Annual report on the working of the mental hospitals in the Madras Presidency - 1912-1932
Year: 1912
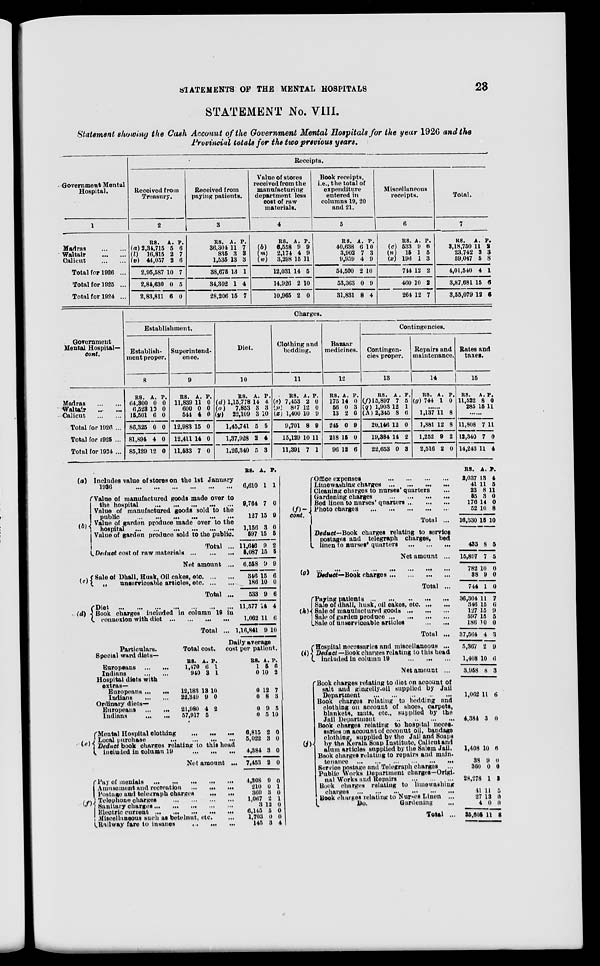
STATEMENTS OF THE MENTAL HOSPITALS
23
STATEMENT No. VIII.
Statement showing the Cash Account of the Government Mental Hospitals for the year 1926 and the
Provincial totals for the two previous years.
Government Mental
Hospital.
1
Madras
…
…
Waltair
…
…
Calicut
…
…
Total for 1926 ...
Total for 1925 ...
Total for 1924 ...
Receipts.
Received from
Treasury.
2
RS.
(a) 2,34,715
(l)
16,815
(v) 44,057
2,95,587
2,84,630
2,83,811
A.
5
2
2
10
0
6
P.
6
7
6
7
5
0
Received from
paying patients.
3
RS.
36,304
835
1,535
38,675
34,302
28,206
A.
11
3
13
13
1
15
P.
7
3
3
1
4
7
Value of stores
received from the
manufacturing
department less
cost of raw
materials.
4
RS.
(b)
6,558
(m)
2,174
(w)
3,298
12,031
14,926
10,965
A.
9
4
15
14
2
2
P.
9
9
11
5
10
0
Book receipts,
i.e., the total of
expenditure
entered in
columns 19, 20
and 21.
5
RS.
40,638
3,902
9,959
54,500
53,363
31,831
A.
6
7
4
2
0
8
P.
10
3
9
10
9
4
Miscellaneous
receipts.
6
RS.
(c) 533
(n) 15
(x) 196
744
460
264
A.
9
1
1
12
10
12
P.
6
5
3
2
2
7
Total.
7
RS.
3,18,750
23,742
59,047
4,01,540
3,87,681
3,55,079
A.
11
3
5
4
15
12
P.
2
3
8
1
6
6
Government
Mental Hospital—
cont.
Madras
…
…
Waltair
…
…
Calicut
…
…
Total for 1926 ...
Total for 1925 ...
Total for 1924 ...
Charges.
Establishment.
Establish-
ment proper.
8
RS.
64,300
6,523
15,501
86,325
81,894
85,129
A.
0
10
6
0
4
12
P.
0
0
0
0
0
0
Superintend-
ence.
9
RS.
11,839
600
544
12,983
12,411
11,533
A.
11
0
4
15
14
7
P.
0
0
0
0
0
0
Diet.
10
RS.
(d) 1,15,778
(o)
7,853
(y)
22,109
1,45,741
1,37,928
1,26,340
A.
14
3
3
5
2
5
P.
4
3
10
5
4
3
Clothing and
bedding.
11
RS.
(e) 7,453
(p) 847
(z) 1,400
9,701
15,129
11,391
A.
2
12
10
8
10
7
P.
0
0
9
9
11
1
Bazaar
medicines.
12
RS.
175
56
13
245
218
96
A.
14
0
2
0
15
12
P.
0
3
6
9
0
6
Contingencies.
Contingen-
cies proper.
13
RS.
(f) 15,897
(q) 1,903
(A) 2,345
20,146
19,384
22,653
A.
7
12
8
12
14
0
P.
5
1
6
0
2
3
Repairs and
maintenance.
14
RS.
(g) 744
A.
1
P.
0
......
1,137
1,881
1,252
2,516
11
12
9
2
8
8
2
0
Rates and
taxes.
15
RS.
11,522
285
A.
8
15
P.
0
11
......
11,808
12,340
14,243
7
7
11
11
0
4
(a)
(b)
Includes value of stores on the 1st January
1926
…
…
…
…
…
…
Value of manufactured goods made over to
the hospital
…
…
…
…
…
Value of manufactured goods sold to the
public
…
…
...
...
…
…
Value of garden produce made over to the
hospital
...
...
...
...
…
…
Value of garden produce sold to the public.
Total ...
Deduct cost of raw materials
…
…
…
Net amount ...
(c)
Sale of Dhall, Husk, Oil cakes, etc. … …
„
unserviceable articles, etc. … …
Total ...
(d)
Diet
…
…
…
…
…
…
…
Book charges included in column 19 in
connexion with diet
…
…
…
…
Total ...
RS.
6,610
9,764
127
1,156
597
11,646
5,087
6,558
346
186
533
11,577
1,062
1,16,841
A.
1
7
15
3
15
9
15
9
15
10
9
14
11
9
P.
1
0
9
0
5
2
5
9
6
0
6
4
6
10
Particulars.
Special ward diets—
Europeans
…
…
Indians
…
…
Hospital diets with
extras—
Europeans ...
…
Indians
…
…
Ordinary diets—
Europeans
…
…
Indians
…
…
(e)
Total cost.
RS.
1,470
940
12,183
22,349
21,980
57,917
A.
6
3
13
9
4
5
P.
1
1
10
0
2
Mental Hospital clothing … … …
Local purchase
…
…
…
…
Deduct book charges relating to this head
included in column 19 … … …
Net amount …
(f)
Pay of menials … … … … …
Amusement and recreation … … …
Postage and telegraph
charges
... …
Telephone charges … … … …
Sanitary charges … … … …
Electric current … … … … …
Miscellaneous such as betelnut, etc.
Railway fare to insanes
...
... …
Daily average
cost per patient.
RS.
1
0
0
0
0
0
6,815
5,022
4,384
7,453
4,308
210
360
1,067
3
6,145
1,703
145
A.
5
10
12
8
9
5
2
3
3
2
9
0
3
2
12
5
0
3
P.
6
2
7
3
5
10
0
0
0
0
0
1
0
1
0
0
0
4
(f)—
cont.
Office expenses
…
…
…
…
Limewashing charges
…
…
…
…
Cleaning charges to nurses' quarters …
Gardening charges
…
…
…
…
Bed linen to nurses' quarters ...
…
…
Photo charges
…
…
…
…
…
Total ...
Deduct—Book
charges relating to service
postages and telegraph charges, bed
linen to nurses' quarters
…
…
…
Net amount ...
(g)
...
...
...
...
...
...
...
...
Deduct—Book charges … … … …
Total ...
(h)
Paying patients
…
…
…
…
…
Sale or dhall, husk, oil cakes, etc. … …
Sale of manufactured goods
…
…
…
Sale of garden produce
…
…
…
…
Sale of unserviceable articles
…
…
Total ...
(i)
Hospital necessaries and miscellaneous ...
Deduct—Book charges relating to this head
included in column 19
…
…
…
Net amount ...
(j)
Book charges relating to diet on account of
salt and gingelly-oil supplied by Jail
Department
…
…
…
…
…
Book charges relating to bedding and
clothing on account of shoes, carpets,
blankets, mats, etc., supplied by the
Jail Department
…
…
…
…
Book charges relating to hospital neces-
saries on account of coconut oil, bandage
clothing, supplied by the Jail and Soaps
by the Kerala Soap Institute, Calicut and
alum articles supplied by the Salem Jail.
Book charges relating to repairs and main-
tenance
…
…
…
…
…
…
Service postage and Telegraph charges
...
Public Works Department charges—Origi-
nal Works and Repairs
…
…
…
Book charges relating to limewashing
charges
…
…
…
…
…
…
Book charges relating to Nurses Linen ...
Do.
Gardening …
Total ...
RS.
2,037
41
23
55
176
52
16,330
433
15,897
782
38
744
36,304
346
127
597
186
37,564
5,367
1,408
3,958
1,062
4,384
1,408
38
360
28,278
41
27
4
35,605
A.
13
11
8
3
14
10
15
8
7
10
9
1
11
15
15
15
10
4
2
10
8
11
3
10
9
0
1
11
13
0
11
P.
4
5
11
0
0
8
10
5
5
0
0
0
7
6
9
5
0
3
9
6
3
6
0
6
0
0
3
5
0
0
8